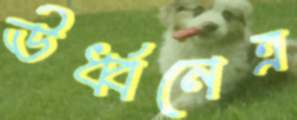
ঊর্ধ্বনেত্র